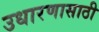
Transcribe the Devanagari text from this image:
उधारणासाठी